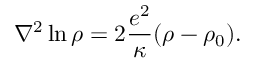
\nabla ^ { 2 } \ln \rho = 2 \frac { e ^ { 2 } } { \kappa } ( \rho - \rho _ { 0 } ) .